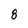
Character: 8